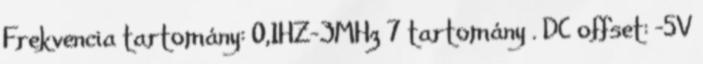
Frekvencia tartomány: 0,1HZ-3MHz 7 tartomány . DC offset: -5V